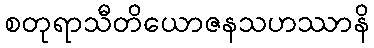
စတုရာသီတိယောဇနသဟဿာနိ